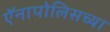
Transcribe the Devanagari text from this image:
ऍनापोलिसच्या